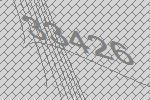
33426